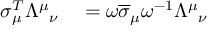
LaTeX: \begin{array} { r l } { \sigma _ { \mu } ^ { T } { \Lambda ^ { \mu } } _ { \nu } } & { { } = \omega { \overline { { \sigma } } } _ { \mu } \omega ^ { - 1 } { \Lambda ^ { \mu } } _ { \nu } } \end{array}